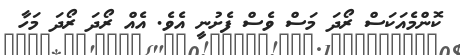
ކޮންމެއަކަސް ރޯދަ މަސް ވެސް ފެށުނީ އެވެ. އެއް ރޯދަ ރޯދަ މަހާ